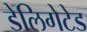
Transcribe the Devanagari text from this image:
डेलिगेटेड